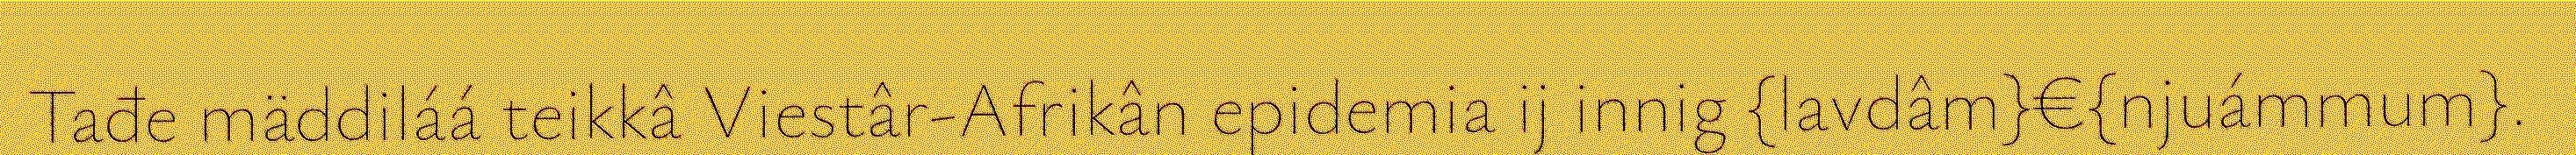
Tađe mäddiláá teikkâ Viestâr-Afrikân epidemia ij innig {lavdâm}€{njuámmum}.